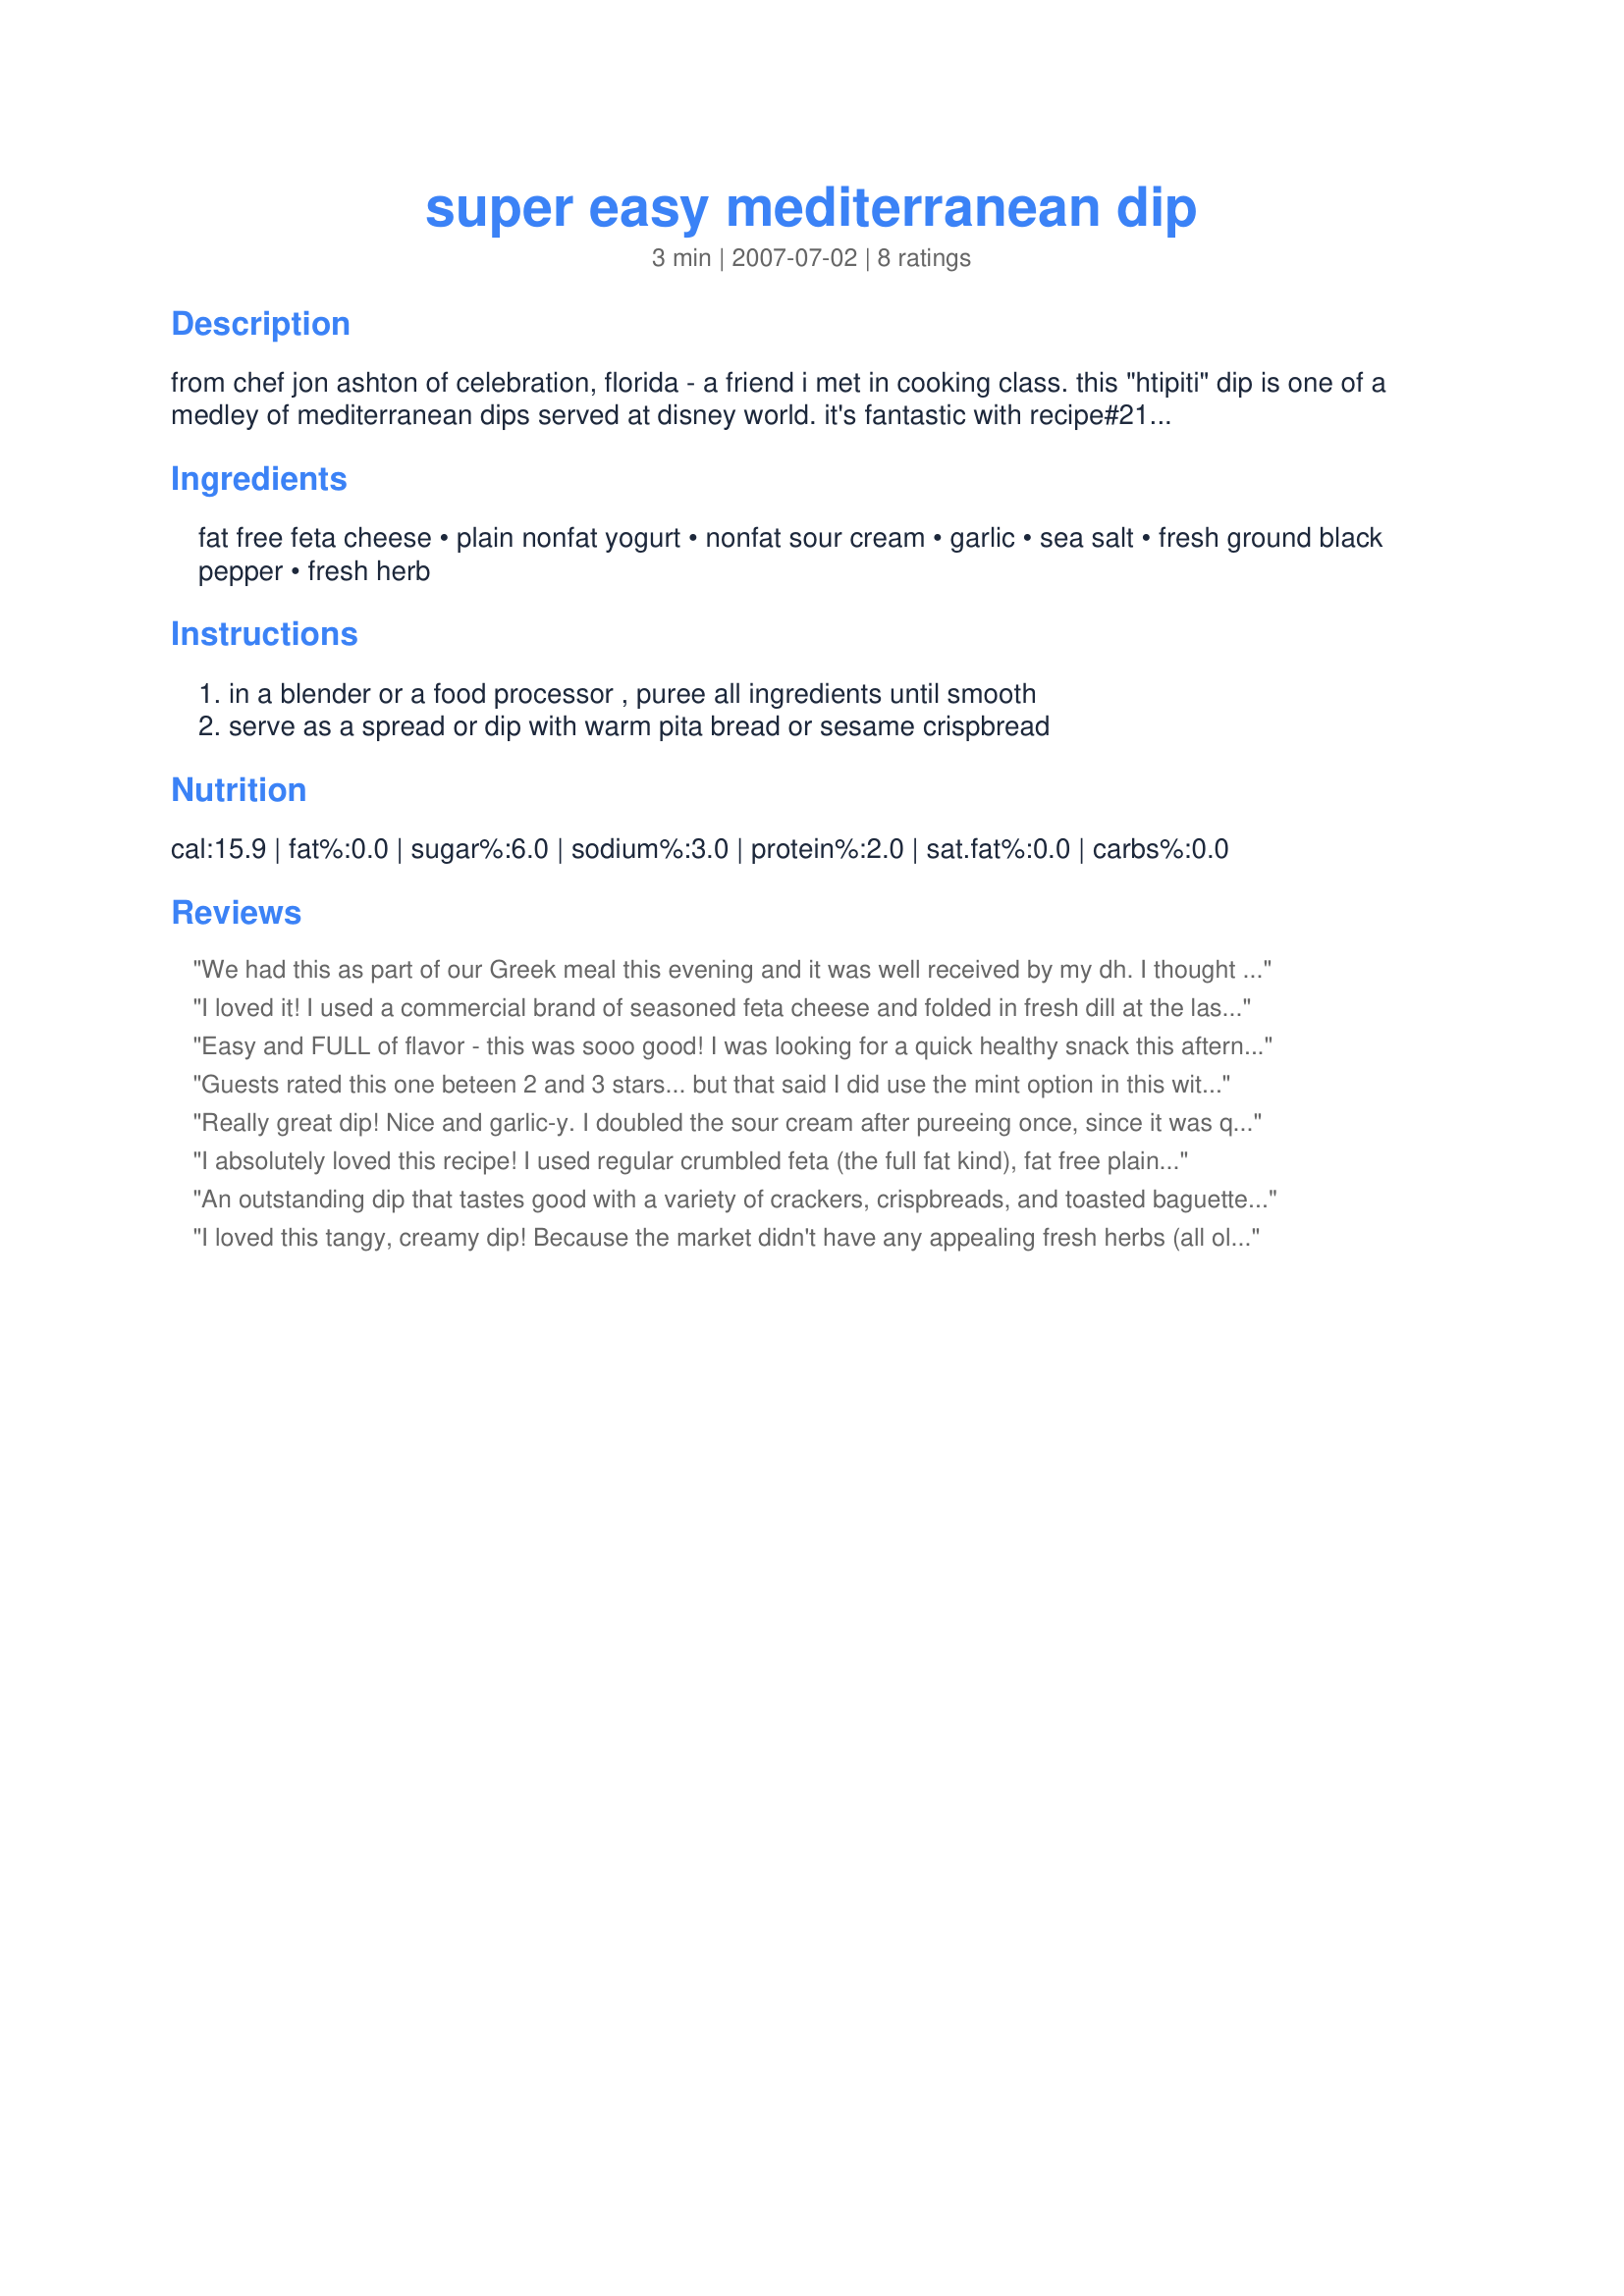
super easy mediterranean dip
Preparation time: 3 minutes

from chef jon ashton of celebration, florida - a friend i met in cooking class. this "htipiti" dip is one of a medley of mediterranean dips served at disney world.

it's fantastic with recipe#219104 - serve with pork cubes and toothpicks.

Ingredients:
fat free feta cheese, plain nonfat yogurt, nonfat sour cream, garlic, sea salt, fresh ground black pepper, fresh herb

Steps:
in a blender or a food processor , puree all ingredients until smooth, serve as a spread or dip with warm pita bread or sesame crispbread

Reviews:
We had this as part of our Greek meal this evening and it was well received by my dh. I thought it was ok, maybe I would like it better with the pork cubes. I added dill, as I love it and wished I would have added a bit more yet. I served it beside a hummus and paired it with pita chips and fresh vegetable dippers. It was super simple to prepare, with typical ingredients we have on hand and I'm sure my dh would like to see it repeated. Thanks! ZWT 4: The Cookin Cats team
I loved it! I used a commercial brand of seasoned feta cheese and folded in fresh dill at the last minute and then I let it meld for a day. I served it as a dip with garlic pita chips and it was delicious! Please allow at least 12 hours or overnight to allow for the flavors to blend...

I have been to the Walt Disney World Resorts and their hotel recipes are FIVE STAR and WORLD CLASS! This recipe is no exception. It's good!
Easy and FULL of flavor - this was sooo good! I was looking for a quick healthy snack this afternoon for ZWT4 and so glad I chose this dip! I had fresh cilantro so used that along with sea salt and fresh ground pepper. I served it in half of an orange bell pepper and dipped the slices of the other half, then topped the whole thing off with a kalamata olive. Yum! Made for ZWT4.
Guests rated this one beteen 2 and 3 stars... but that said I did use the mint option in this with is and it produced more of a "sweet" flavour and I'm fairly certain that it would have been a far far better result with basil or dill, or any stong savoury herb such as oregano or thyme. It was easy to make, but reaction to it was mediocre at best. Please see my Rating System: 3 stars because when the vote is split I always err on the upper side to account for presonal preferences. I think that this is definiately NOT a success (for us at least) with mint, I would like to give it a second chance with basil however and see how it fares. It's good to have tried something new. Thanks!
Really great dip! Nice and garlic-y. I doubled the sour cream after pureeing once, since it was quite thick. I used dill and basil and all the flavors worked super together.
I absolutely loved this recipe! I used regular crumbled feta (the full fat kind), fat free plain Greek yogurt, and low fat sour cream. 1 tsp of minced garlic, and 1/4 tsp of seasoned salt and just a dash of pepper. Put in about 1/2 tsp of dill weed. Just loved it with celery and pretzels. I will be making this for the next family get together. Thanks FLKeysJen for this easy dip.
An outstanding dip that tastes good with a variety of crackers, crispbreads, and toasted baguette, all the choices on our appies table anyway. This dip has a beautifully clean, predominantly feta-ish taste with great support from the selected seasonings, in this instance basil, dill, oregano, garlic powder, parsley. Am I ever glad I found this, thank you for posting!
I loved this tangy, creamy dip! Because the market didn't have any appealing fresh herbs (all old and wilted-looking) I used dried dill and fresh green onions instead. I served it with fresh veggies. This is a keeper -- I will put it into my regular snack rotation! Thanks, Jen!
Made for PAC Spring 2008
